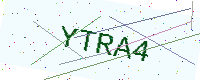
Text: YTRA4